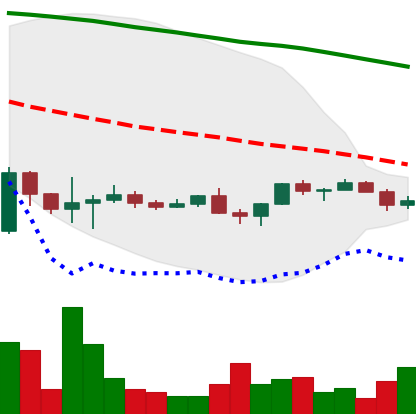
Ticker: NEO-USD
Chart end date: 2022-11-29
Forward return: 3.301%
Label: up_3_5